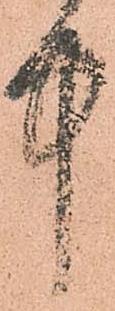
中